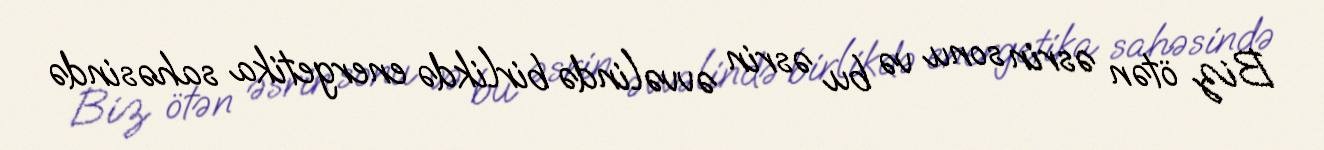
Biz ötən əsrin sonu və bu əsrin əvvəlində birlikdə energetika sahəsində